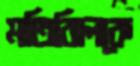
মতিঝিলকে